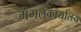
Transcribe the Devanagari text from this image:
मंगलकार्यालय